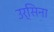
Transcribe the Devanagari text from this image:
उर्सिना